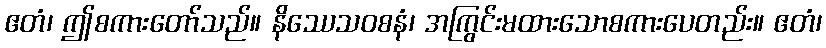
ဧတံ၊ ဤစကားတော်သည်။ နိဿေသဝစနံ၊ အကြွင်းမထားသောစကားပေတည်း။ ဧတံ၊